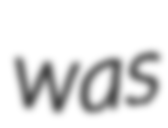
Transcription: was